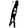
Digit: 1